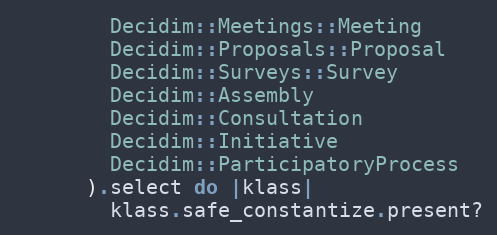
Language: Ruby
        Decidim::Meetings::Meeting
        Decidim::Proposals::Proposal
        Decidim::Surveys::Survey
        Decidim::Assembly
        Decidim::Consultation
        Decidim::Initiative
        Decidim::ParticipatoryProcess
      ).select do |klass|
        klass.safe_constantize.present?